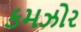
કમઝોર